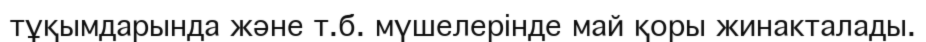
тұқымдарында және т.б. мүшелерінде май қоры жинакталады.